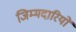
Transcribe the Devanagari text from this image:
जिम्मदारियों